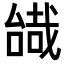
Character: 𠼷